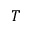
T